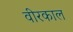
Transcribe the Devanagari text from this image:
वीरकाल